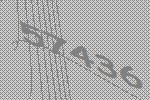
57436